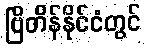
ဗြိတိန်နိုင်ငံတွင်